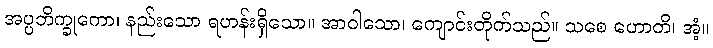
အပ္ပဘိက္ခုကော၊ နည်းသော ရဟန်းရှိသော။ အာဝါသော၊ ကျောင်းတိုက်သည်။ သစေ ဟောတိ၊ အံ့။